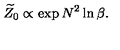
\widetilde { Z } _ { 0 } \propto \exp N ^ { 2 } \ln \beta .